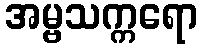
အမ္ဗသက္ကရော